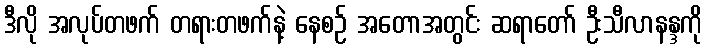
ဒီလို အလုပ်တဖက် တရားတဖက်နဲ့ နေစဉ် အတောအတွင်း ဆရာတော် ဦးသီလာနန္ဒကို